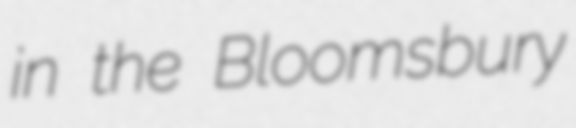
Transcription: in the Bloomsbury